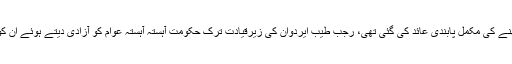
ترکی میں سیکولر آئین کے تحت 1923ء میں خواتین پر حجاب اور مردوں کے لیے داڑھی رکھنے کی مکمل پابندی عائد کی گئی تھی، رجب طیب ایردوان کی زیرقیادت ترک حکومت آہستہ آہستہ عوام کو آزادی دیتے ہوئے ان کو اپنے ذاتی اور دینی عقائد کے مطابق حجاب کرنے اور داڑھی رکھنے کی اجازت دے دی ہے۔